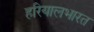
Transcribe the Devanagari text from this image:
हरियालभारत